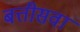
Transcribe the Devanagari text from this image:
बत्तीसवां